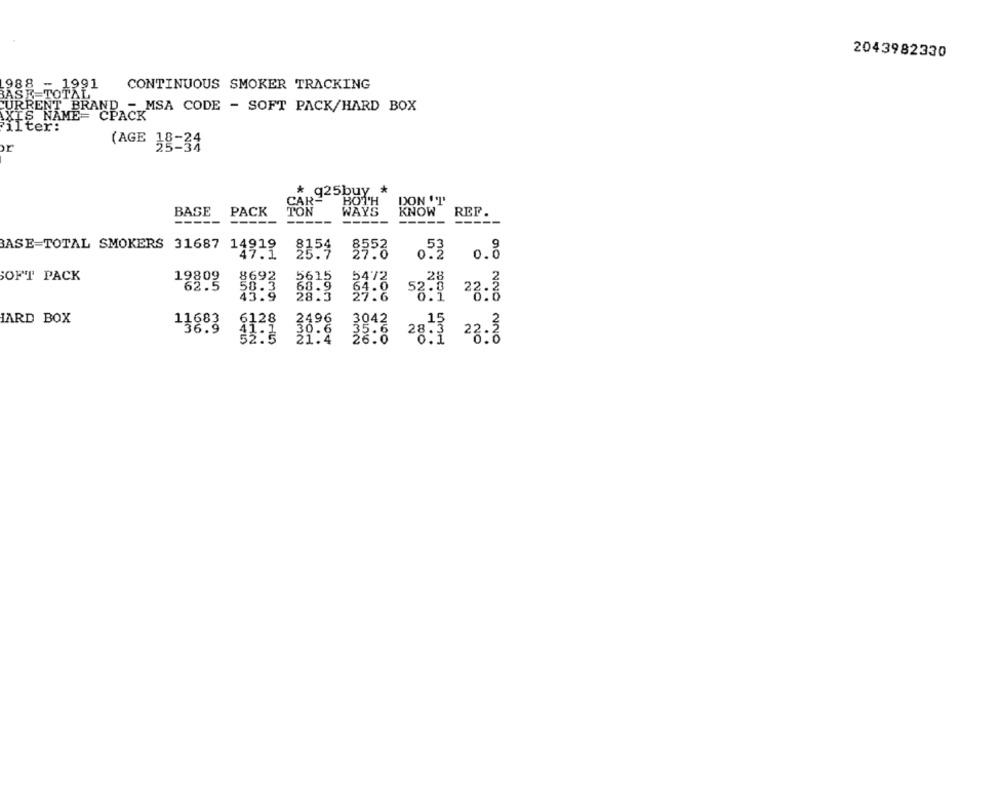
2043982330
988 - 1991
CONTINUOUS SMOKER TRACKING
BASE TOTAL
CURRENT BRAND - MSA CODE - SOFT PACK/HARD BOX
AXIS NAME= CPACK
ilter:
(AGE 18-34
* q25buy *
CAR-
BOTH
DON'T
BASE
PACK
TON
WAYS
KNOW
REF.
-----
-----
-----
-----
----
-----
BASE=TOTAL SMOKERS 31687 14919
47.1
$558
OU
0.8
SOFT PACK
19809
89.8 53-8 23.3
JARD BOX
No
38.3
$128
19% 39:6 28: 23:3